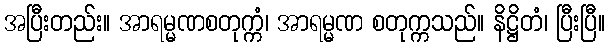
အပြီးတည်း။ အာရမ္မဏစတုက္ကံ၊ အာရမ္မဏ စတုက္ကသည်။ နိဋ္ဌိတံ၊ ပြီးပြီ။